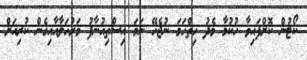
ކޯޓުން ކޮށްފައިވާ ހުކުމާ މެދު ހިތްހަމަ ނުޖެހޭ ނަމަ އިސްތިއުނާފު މަރުހަލާއާއިގެން ކުރިއަށް